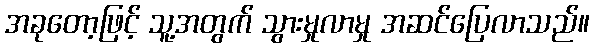
အခုတော့ဖြင့် သူ့အတွက် သွားမှုလာမှု အဆင်ပြေလာသည်။